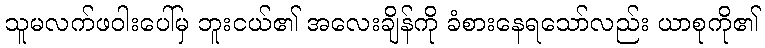
သူမလက်ဖဝါးပေါ်မှ ဘူးငယ်၏ အလေးချိန်ကို ခံစားနေရသော်လည်း ယာစုကို၏